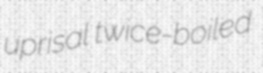
uprisal twice-boiled